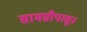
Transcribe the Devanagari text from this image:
सामग्रीपासून